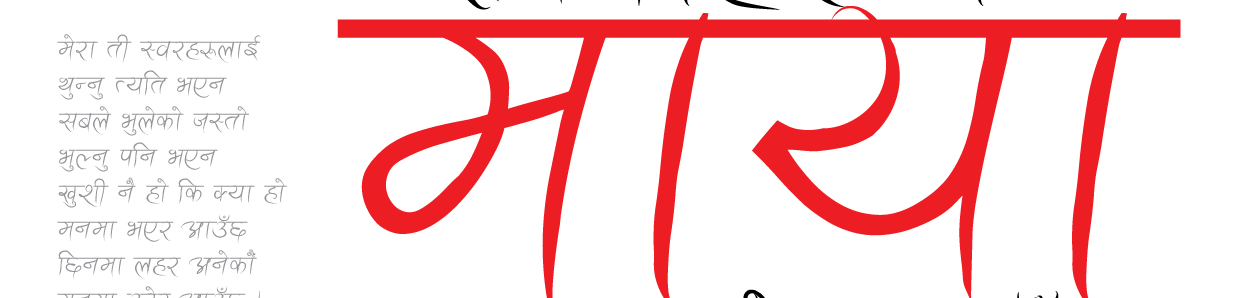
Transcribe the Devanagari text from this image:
मेरा ती स्वरहरुलाई
थुन्नु त्यति भएन
सबले भुलेको जस्तो
भुल्नु पनि भएन
खुशी नै हो कि क्या
मनमा भएर आउँछ
छिनमा लहर अनेकौँ
माया